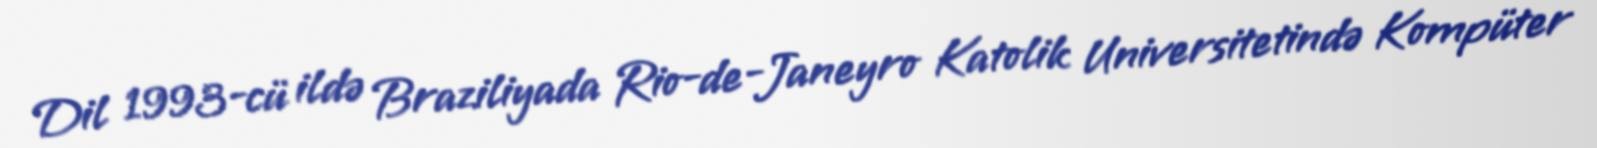
Dil 1993-cü ildə Braziliyada Rio-de-Janeyro Katolik Universitetində Kompüter